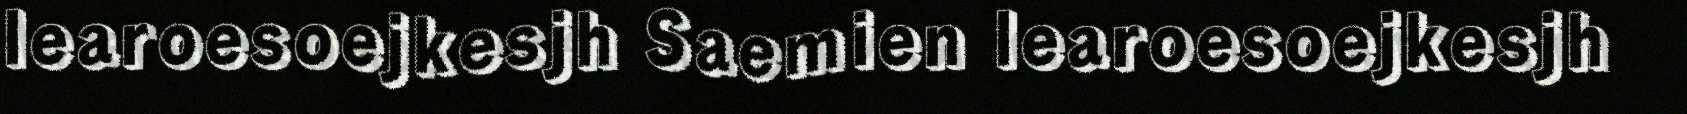
learoesoejkesjh Saemien learoesoejkesjh